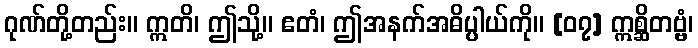
ဂုဏ်တို့တည်း။ ဣတိ၊ ဤသို့။ ဧတံ၊ ဤအနက်အဓိပ္ပါယ်ကို။ [၀၇] ဣစ္ဆိတဗ္ဗံ၊